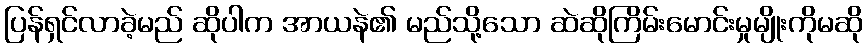
ပြန်ရှင်လာခဲ့မည် ဆိုပါက အာယနဲ၏ မည်သို့သော ဆဲဆိုကြိမ်းမောင်းမှုမျိုးကိုမဆို